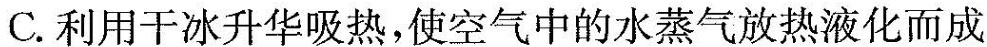
C.利用干冰升华吸热，使空气中的水蒸气放热液化而成